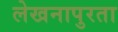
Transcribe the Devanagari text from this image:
लेखनापुरता